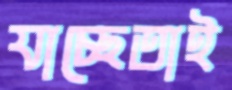
যাচ্ছেতাই